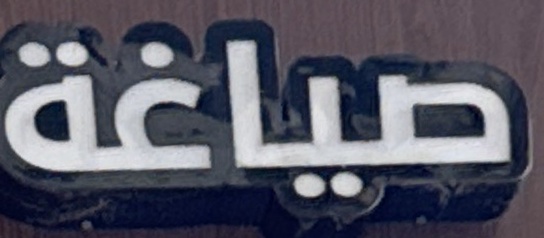
صیاغة